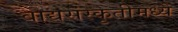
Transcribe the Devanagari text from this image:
वाद्यसंस्कृतीमध्ये